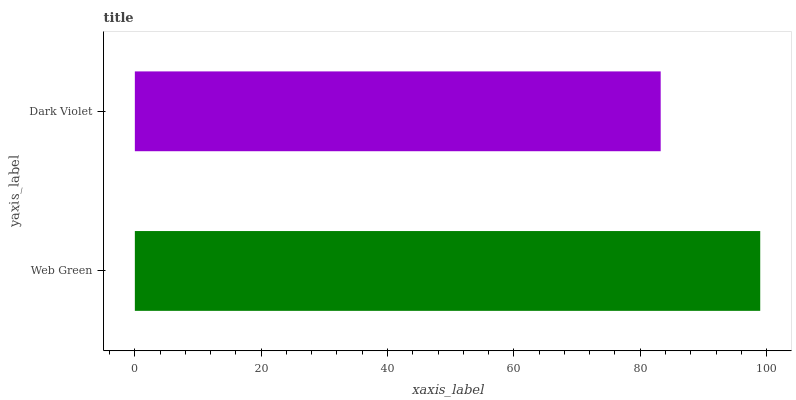
| yaxis_label | bars |
 | --- | --- |
 | Web Green | 99 |
 | Dark Violet | 83.2 |